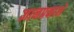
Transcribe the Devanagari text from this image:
ज्ञानप्रकाशे